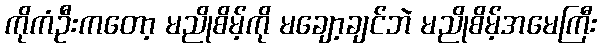
ကိုကံဦးကတော့ မညိုစိမ့်ကို မချော့ချင်ဘဲ မညိုစိမ့်အမေကြီး